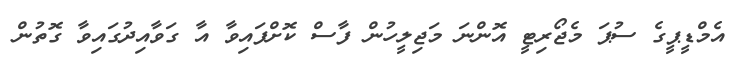
އެމްޑީޕީގެ ސުޕަ މެޖޯރިޓީ އޮންނަ މަޖިލީހުން ފާސް ކޮށްފައިވާ އާ ގަވާއިދުގައިވާ ގޮތުން